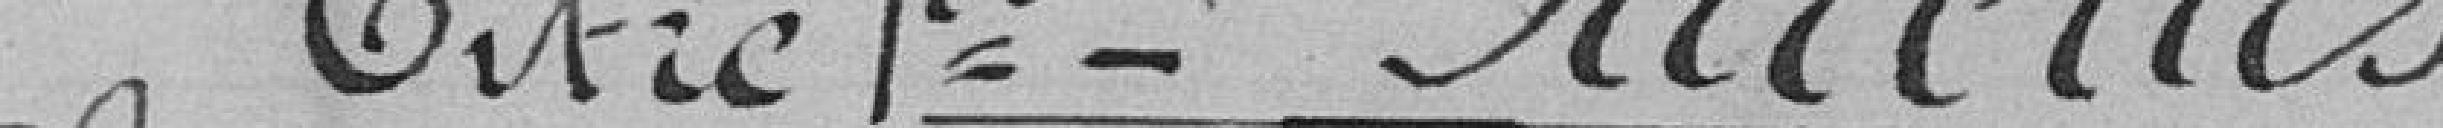
Titre 1er - Recettes